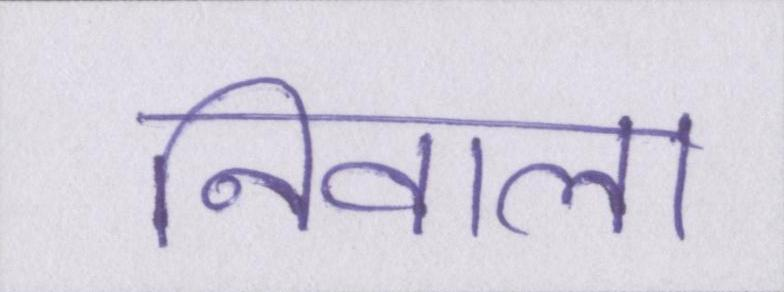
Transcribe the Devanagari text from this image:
निवाला